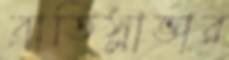
ব্রাতিস্লাভার